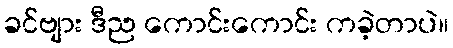
ခင်ဗျား ဒီည ကောင်းကောင်း ကခဲ့တာပဲ။